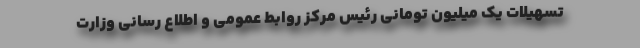
تسهیلات یک میلیون تومانی رئیس مرکز روابط عمومی و اطلاع رسانی وزارت